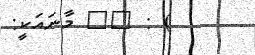
) : ١٢ މާނައަކީ: